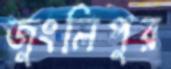
জুংলিপুর